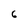
Character: 6